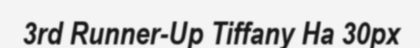
3rd Runner-Up Tiffany Ha 30px